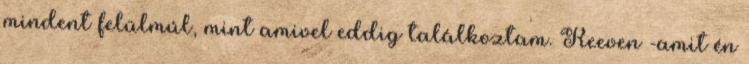
mindent felülmúl, mint amivel eddig találkoztam. Reeven -amit én